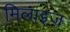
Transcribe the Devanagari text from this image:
मिलाइज़